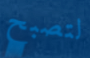
لتصبح